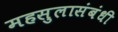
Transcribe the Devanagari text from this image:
महसुलासंबंधी